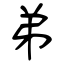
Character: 弟